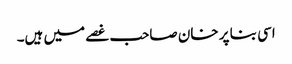
اسی بنا پر خان صاحب غصے میں ہیں۔